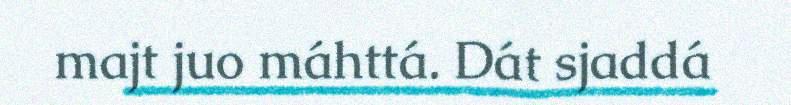
majt juo máhttá. Dát sjaddá